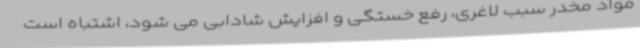
مواد مخدر سبب لاغری، رفع خستگی و افزایش شادابی می شود، اشتباه است